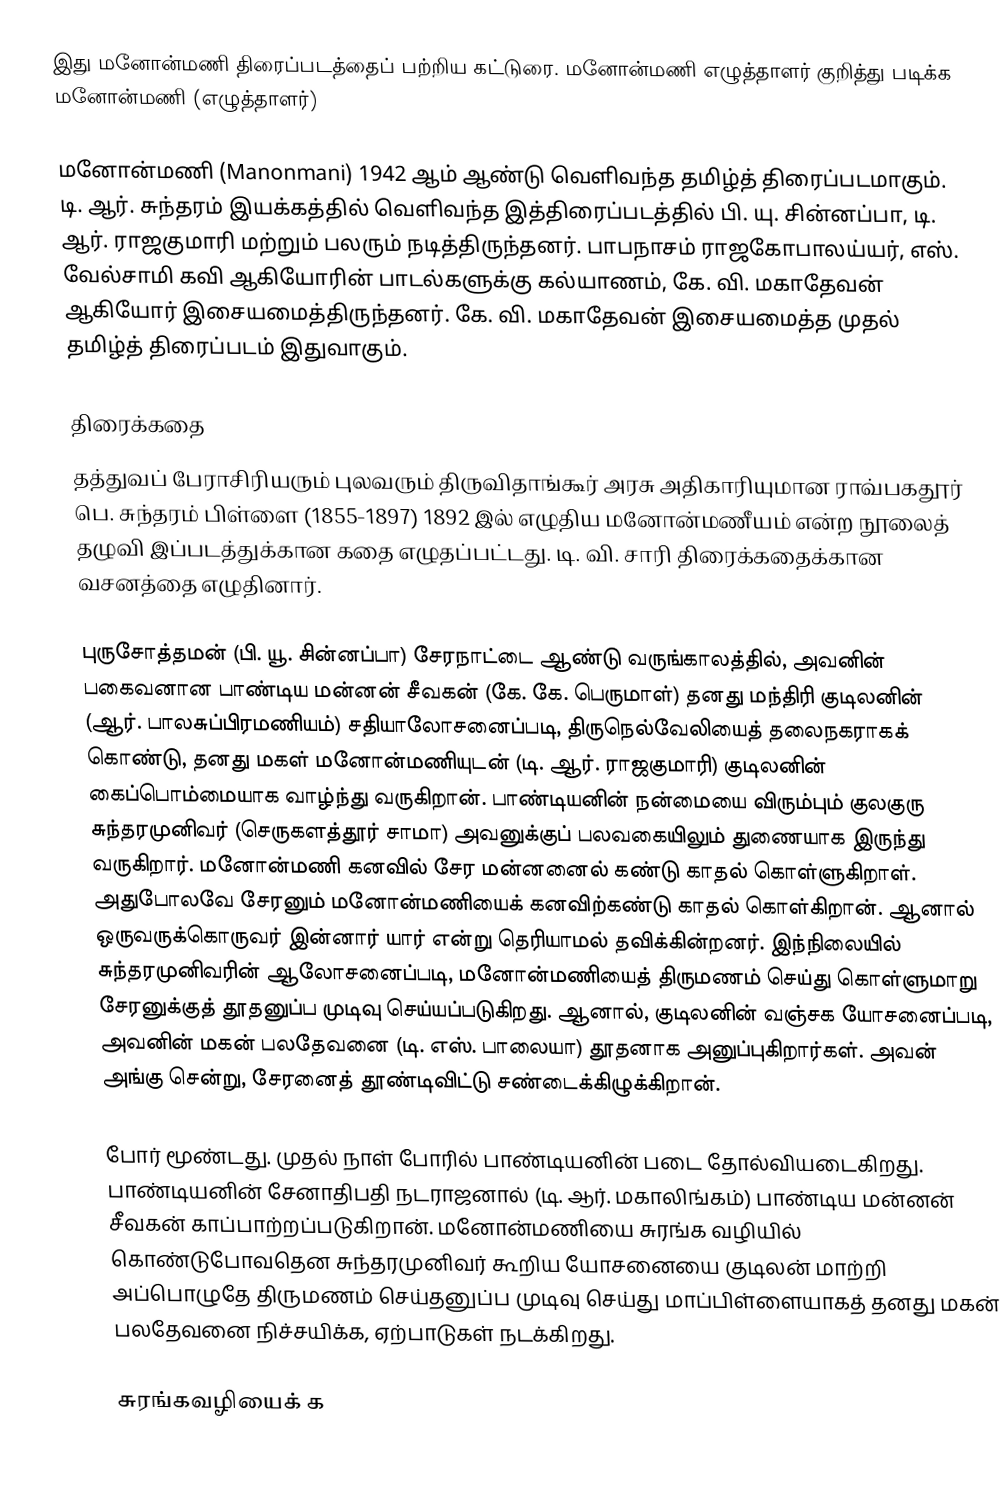
இது மனோன்மணி திரைப்படத்தைப் பற்றிய கட்டுரை. மனோன்மணி எழுத்தாளர் குறித்து படிக்க மனோன்மணி (எழுத்தாளர்)

மனோன்மணி (Manonmani) 1942 ஆம் ஆண்டு வெளிவந்த தமிழ்த் திரைப்படமாகும். டி. ஆர். சுந்தரம் இயக்கத்தில் வெளிவந்த இத்திரைப்படத்தில் பி. யு. சின்னப்பா, டி. ஆர். ராஜகுமாரி மற்றும் பலரும் நடித்திருந்தனர். பாபநாசம் ராஜகோபாலய்யர், எஸ். வேல்சாமி கவி ஆகியோரின் பாடல்களுக்கு கல்யாணம், கே. வி. மகாதேவன் ஆகியோர் இசையமைத்திருந்தனர். கே. வி. மகாதேவன் இசையமைத்த முதல் தமிழ்த் திரைப்படம் இதுவாகும்.

திரைக்கதை
தத்துவப் பேராசிரியரும் புலவரும் திருவிதாங்கூர் அரசு அதிகாரியுமான ராவ்பகதூர் பெ. சுந்தரம் பிள்ளை (1855-1897) 1892 இல் எழுதிய மனோன்மணீயம் என்ற நூலைத் தழுவி இப்படத்துக்கான கதை எழுதப்பட்டது. டி. வி. சாரி திரைக்கதைக்கான வசனத்தை எழுதினார்.

புருசோத்தமன் (பி. யூ. சின்னப்பா) சேரநாட்டை ஆண்டு வருங்காலத்தில், அவனின் பகைவனான பாண்டிய மன்னன் சீவகன் (கே. கே. பெருமாள்) தனது மந்திரி குடிலனின் (ஆர். பாலசுப்பிரமணியம்) சதியாலோசனைப்படி, திருநெல்வேலியைத் தலைநகராகக் கொண்டு, தனது மகள் மனோன்மணியுடன் (டி. ஆர். ராஜகுமாரி) குடிலனின் கைப்பொம்மையாக வாழ்ந்து வருகிறான். பாண்டியனின் நன்மையை விரும்பும் குலகுரு சுந்தரமுனிவர் (செருகளத்தூர் சாமா) அவனுக்குப் பலவகையிலும் துணையாக இருந்து வருகிறார். மனோன்மணி கனவில் சேர மன்னனைல் கண்டு காதல் கொள்ளுகிறாள். அதுபோலவே சேரனும் மனோன்மணியைக் கனவிற்கண்டு காதல் கொள்கிறான். ஆனால் ஒருவருக்கொருவர் இன்னார் யார் என்று தெரியாமல் தவிக்கின்றனர். இந்நிலையில் சுந்தரமுனிவரின் ஆலோசனைப்படி, மனோன்மணியைத் திருமணம் செய்து கொள்ளுமாறு சேரனுக்குத் தூதனுப்ப முடிவு செய்யப்படுகிறது. ஆனால், குடிலனின் வஞ்சக யோசனைப்படி, அவனின் மகன் பலதேவனை (டி. எஸ். பாலையா) தூதனாக அனுப்புகிறார்கள். அவன் அங்கு சென்று, சேரனைத் தூண்டிவிட்டு சண்டைக்கிழுக்கிறான்.

போர் மூண்டது. முதல் நாள் போரில் பாண்டியனின் படை தோல்வியடைகிறது. பாண்டியனின் சேனாதிபதி நடராஜனால் (டி. ஆர். மகாலிங்கம்) பாண்டிய மன்னன் சீவகன் காப்பாற்றப்படுகிறான். மனோன்மணியை சுரங்க வழியில் கொண்டுபோவதென சுந்தரமுனிவர் கூறிய யோசனையை குடிலன் மாற்றி அப்பொழுதே திருமணம் செய்தனுப்ப முடிவு செய்து மாப்பிள்ளையாகத் தனது மகன் பலதேவனை நிச்சயிக்க, ஏற்பாடுகள் நடக்கிறது.

சுரங்கவழியைக் க